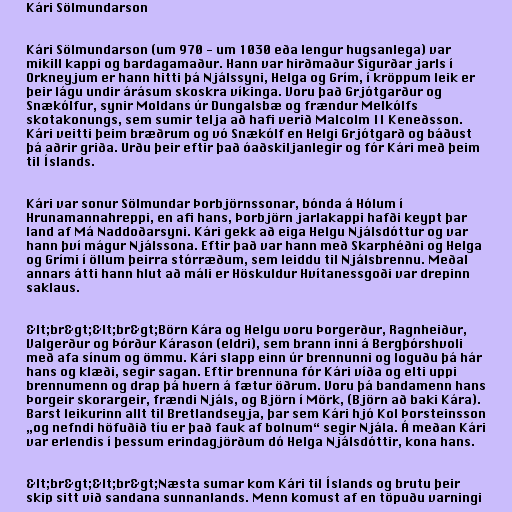
Kári Sölmundarson

Kári Sölmundarson (um 970 - um 1030 eða lengur hugsanlega) var
mikill kappi og bardagamaður. Hann var hirðmaður Sigurðar jarls í
Orkneyjum er hann hitti þá Njálssyni, Helga og Grím, í kröppum leik er
þeir lágu undir árásum skoskra víkinga. Voru það Grjótgarður og
Snækólfur, synir Moldans úr Dungalsbæ og frændur Melkólfs
skotakonungs, sem sumir telja að hafi verið Malcolm II Keneðsson.
Kári veitti þeim bræðrum og vó Snækólf en Helgi Grjótgarð og báðust
þá aðrir griða. Urðu þeir eftir það óaðskiljanlegir og fór Kári með þeim
til Íslands.

Kári var sonur Sölmundar Þorbjörnssonar, bónda á Hólum í
Hrunamannahreppi, en afi hans, Þorbjörn jarlakappi hafði keypt þar
land af Má Naddoðarsyni. Kári gekk að eiga Helgu Njálsdóttur og var
hann því mágur Njálssona. Eftir það var hann með Skarphéðni og Helga
og Grími í öllum þeirra stórræðum, sem leiddu til Njálsbrennu. Meðal
annars átti hann hlut að máli er Höskuldur Hvítanessgoði var drepinn
saklaus.

&lt;br&gt;&lt;br&gt;Börn Kára og Helgu voru Þorgerður, Ragnheiður,
Valgerður og Þórður Kárason (eldri), sem brann inni á Bergþórshvoli
með afa sínum og ömmu. Kári slapp einn úr brennunni og loguðu þá hár
hans og klæði, segir sagan. Eftir brennuna fór Kári víða og elti uppi
brennumenn og drap þá hvern á fætur öðrum. Voru þá bandamenn hans
Þorgeir skorargeir, frændi Njáls, og Björn í Mörk, (Björn að baki Kára).
Barst leikurinn allt til Bretlandseyja, þar sem Kári hjó Kol Þorsteinsson
„og nefndi höfuðið tíu er það fauk af bolnum“ segir Njála. Á meðan Kári
var erlendis í þessum erindagjörðum dó Helga Njálsdóttir, kona hans.

&lt;br&gt;&lt;br&gt;Næsta sumar kom Kári til Íslands og brutu þeir
skip sitt við sandana sunnanlands. Menn komust af en töpuðu varningi